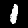
Label: 1